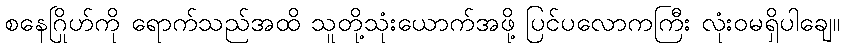
စနေဂြိုဟ်ကို ရောက်သည်အထိ သူတို့သုံးယောက်အဖို့ ပြင်ပလောကကြီး လုံးဝမရှိပါချေ။